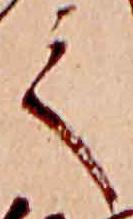
て